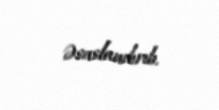
əsaslandırıb.